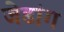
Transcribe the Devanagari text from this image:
जेडांग